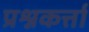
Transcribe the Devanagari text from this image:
प्रश्नकर्त्ता